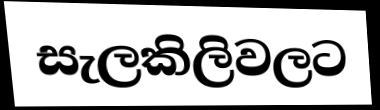
සැලකිලිවලට